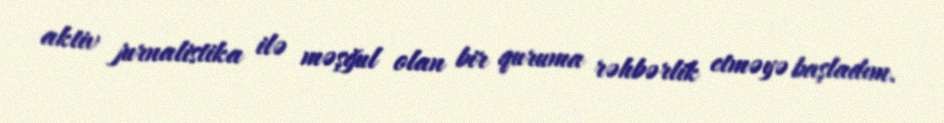
aktiv jurnalistika ilə məşğul olan bir quruma rəhbərlik etməyə başladım.